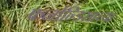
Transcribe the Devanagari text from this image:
फर्नान्डिसांच्या